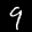
Label: 9